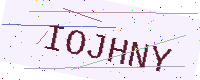
Text: IOJHNY